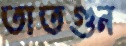
তাতগুন